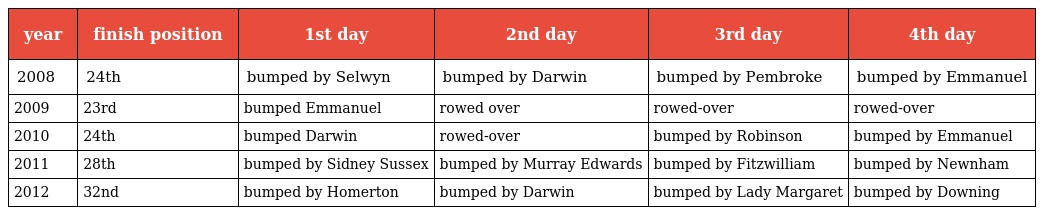
| year | finish position | 1st day | 2nd day | 3rd day | 4th day |
 | --- | --- | --- | --- | --- | --- |
 | 2008 | 24th | bumped by Selwyn | bumped by Darwin | bumped by Pembroke | bumped by Emmanuel |
 | 2009 | 23rd | bumped Emmanuel | rowed over | rowed-over | rowed-over |
 | 2010 | 24th | bumped Darwin | rowed-over | bumped by Robinson | bumped by Emmanuel |
 | 2011 | 28th | bumped by Sidney Sussex | bumped by Murray Edwards | bumped by Fitzwilliam | bumped by Newnham |
 | 2012 | 32nd | bumped by Homerton | bumped by Darwin | bumped by Lady Margaret | bumped by Downing |